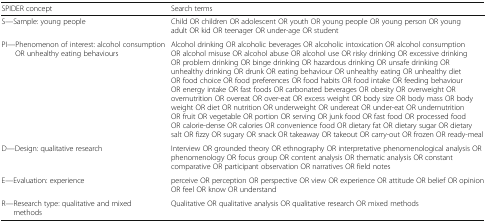
<table><thead><tr><td><b>SPIDER concept</b></td><td><b>Search terms</b></td></tr></thead><tbody><tr><td>S—Sample: young people</td><td>Child OR children OR adolescent OR youth OR young people OR young person OR young adult OR kid OR teenager OR under-age OR student</td></tr><tr><td>PI—Phenomenon of interest: alcohol consumption OR unhealthy eating behaviours</td><td>Alcohol drinking OR alcoholic beverages OR alcoholic intoxication OR alcohol consumption OR alcohol misuse OR alcohol abuse OR alcohol use OR risky drinking OR excessive drinking OR problem drinking OR binge drinking OR hazardous drinking OR unsafe drinking OR unhealthy drinking OR drunk OR eating behaviour OR unhealthy eating OR unhealthy diet OR food choice OR food preferences OR food habits OR food intake OR feeding behaviour OR energy intake OR fast foods OR carbonated beverages OR obesity OR overweight OR overnutrition OR overeat OR over-eat OR excess weight OR body size OR body mass OR body weight OR diet OR nutrition OR underweight OR undereat OR under-eat OR undernutrition OR fruit OR vegetable OR portion OR serving OR junk food OR fast food OR processed food OR calorie-dense OR calories OR convenience food OR dietary fat OR dietary sugar OR dietary salt OR fizzy OR sugary OR snack OR takeaway OR takeout OR carry-out OR frozen OR ready-meal</td></tr><tr><td>D—Design: qualitative research</td><td>Interview OR grounded theory OR ethnography OR interpretative phenomenological analysis OR phenomenology OR focus group OR content analysis OR thematic analysis OR constant comparative OR participant observation OR narratives OR field notes</td></tr><tr><td>E—Evaluation: experience</td><td>perceive OR perception OR perspective OR view OR experience OR attitude OR belief OR opinion OR feel OR know OR understand</td></tr><tr><td>R—Research type: qualitative and mixed methods</td><td>Qualitative OR qualitative analysis OR qualitative research OR mixed methods</td></tr></tbody></table>